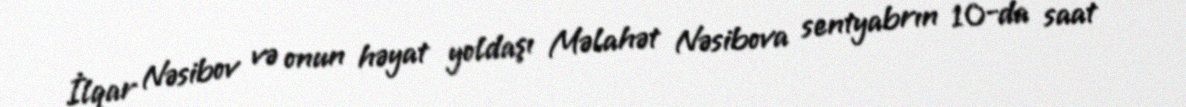
İlqar Nəsibov və onun həyat yoldaşı Məlahət Nəsibova sentyabrın 10-da saat